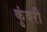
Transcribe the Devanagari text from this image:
कुंवरी